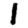
Digit: 1